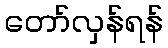
တော်လှန်ရန်